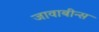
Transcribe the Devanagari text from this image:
जावाबीन्स